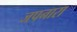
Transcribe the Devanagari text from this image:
जपनारा